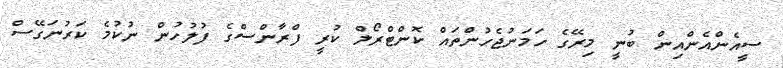
ސީއެންއެންއިން ބުނީ މިރޭގެ ހަމަނުޖެހުންތައް ކޮންޓްރޯލް ކުރީ ފްރާންސްގެ ފުލުހުން ނުކުމެ ކަރުނަގޭސް